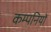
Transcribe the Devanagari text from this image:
कम्पनियोँ